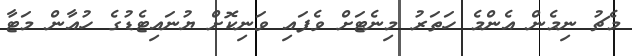
މެޗު ނިމެން އެންމެ ހަތަރު މިނެޓަށް ވެފައި ވަނިކޮށް ޔުނައިޓެޑުގެ ހުއާން މަޓާ